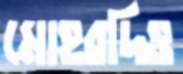
মোহরদিও